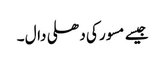
جیسے مسور کی دھلی دال ۔